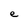
Character: e